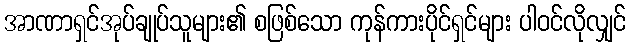
အာဏာရှင်အုပ်ချုပ်သူများ၏ စဖြစ်သော ကုန်ကားပိုင်ရှင်များ ပါဝင်လိုလျှင်